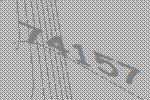
74157